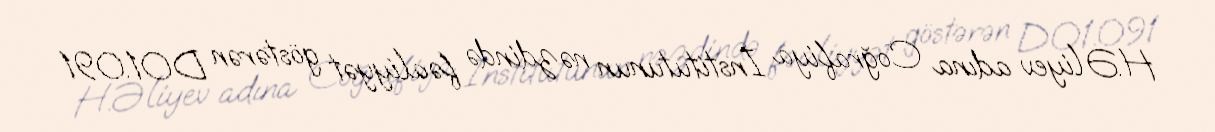
H.Əliyev adına Coğrafiya İnstitutunun nəzdində fəaliyyət göstərən DO1.091